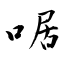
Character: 啹